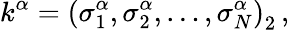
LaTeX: k^{\alpha}=\left(\sigma_{1}^{\alpha},\sigma_{2}^{\alpha},\ldots,\sigma_{N}^{\alpha}\right)_{2}\, ,